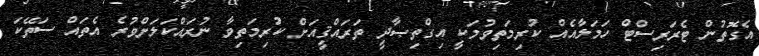
އެގޮތުން ޓެރަރިސްޓް ހަމަލާއެއް ކުރިމަތިވުމަކީ އިގްތިޞާދީ ތަރައްޤީއަށް ކުރިމަތިވާ ނުރައްކަލަށްވުރެ އެތައް ސަތޭކަ